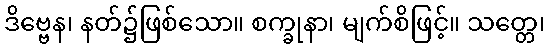
ဒိဗ္ဗေန၊ နတ်၌ဖြစ်သော။ စက္ခုနာ၊ မျက်စိဖြင့်။ သတ္တေ၊